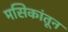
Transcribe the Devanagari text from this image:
मसिकांतून